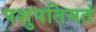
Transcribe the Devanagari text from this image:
पशुपतिमतं